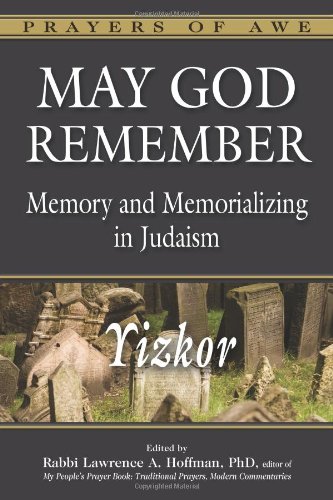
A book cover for May God Remember: Memory and Memorializing in Judaism - Yizkor  (Prayers of Awe); Religion & Spirituality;